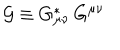
{ \cal G } \equiv G _ { \mu \nu } ^ { \ast } \, G ^ { \mu \nu }